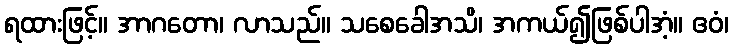
ရထားဖြင့်။ အာဂတော၊ လာသည်။ သစေခေါအသိ၊ အကယ်၍ဖြစ်ပါအံ့။ ဧဝံ၊